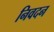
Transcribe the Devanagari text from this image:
निवदन